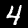
Digit: 4